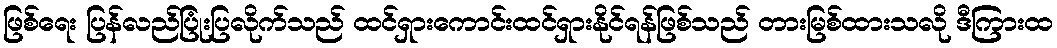
ဖြစ်ရေး ပြန်လည်ပြုံးပြလိုက်သည် ထင်ရှားကောင်းထင်ရှားနိုင်ရန်ဖြစ်သည် တားမြစ်ထားသလို ဒီကြားထ